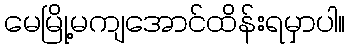
မေမြို့မကျအောင်ထိန်းရမှာပါ။